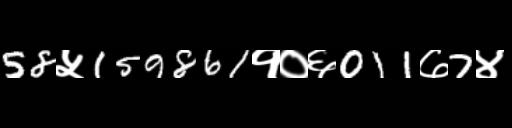
Text: 58५159861१०६011७7४